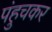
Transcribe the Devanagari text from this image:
पंहुचकर